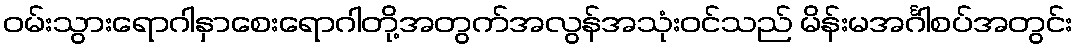
ဝမ်းသွားရောဂါနှာစေးရောဂါတို့အတွက်အလွန်အသုံးဝင်သည် မိန်းမအင်္ဂါစပ်အတွင်း